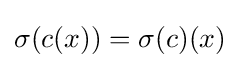
\sigma (c(x))=\sigma (c)(x)